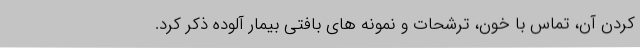
کردن آن، تماس با خون، ترشحات و نمونه های بافتی بیمار آلوده ذکر کرد.